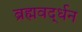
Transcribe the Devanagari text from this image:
ब्रह्मवर्द्धन